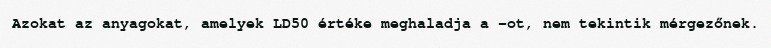
Azokat az anyagokat, amelyek LD50 értéke meghaladja a -ot, nem tekintik mérgezőnek.